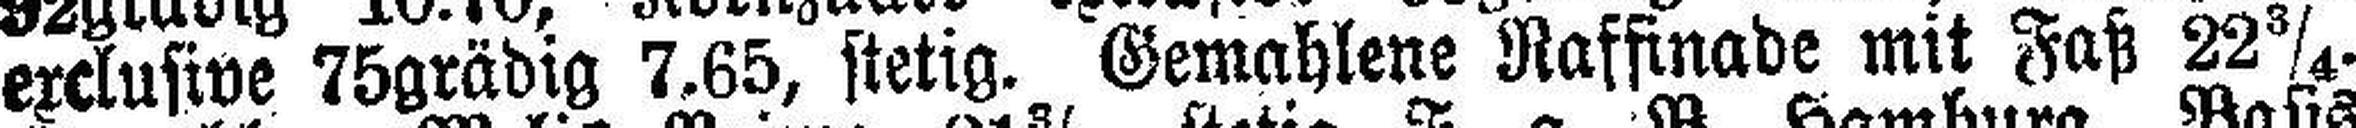
exclusive 75grädig 7.65, stetig. Gemahlene Raffinade mit Faß 22¾.